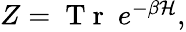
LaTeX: \begin{array}{r}{Z=\mathrm{~T~r~}~e^{-\beta{\cal H}},}\end{array}